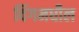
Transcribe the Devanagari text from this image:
विंगमधील